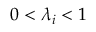
0 < \lambda _ { i } < 1